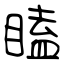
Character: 瞌